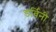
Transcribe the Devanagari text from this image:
डर्विनी